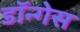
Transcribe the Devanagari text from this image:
डॉन्गेस